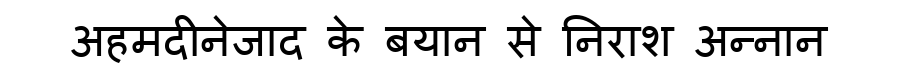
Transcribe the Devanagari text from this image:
अहमदीनेजाद के बयान से निराश अन्नान